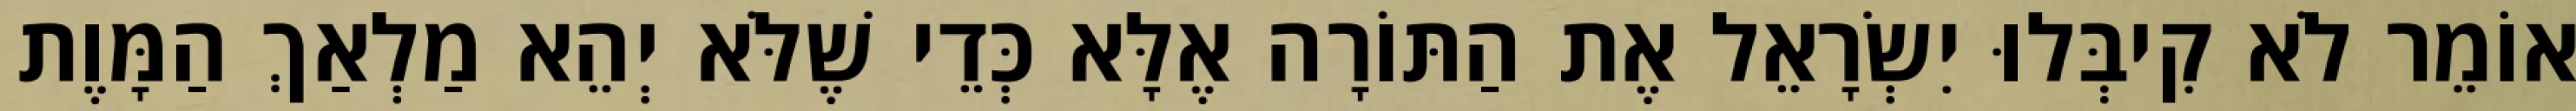
אוֹמֵר לֹא קִיבְּלוּ יִשְׂרָאֵל אֶת הַתּוֹרָה אֶלָּא כְּדֵי שֶׁלֹּא יְהֵא מַלְאַךְ הַמָּוֶת